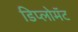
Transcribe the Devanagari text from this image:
डिप्लोमॅट